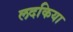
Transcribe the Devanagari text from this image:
लदकिया